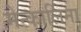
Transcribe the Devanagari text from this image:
मेन्कार्लिना